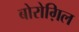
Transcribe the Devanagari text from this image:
बोरोग़िल